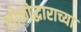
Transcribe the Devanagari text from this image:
लोकोद्धाराच्या